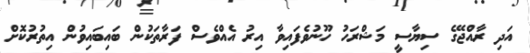
އަދި ރާއްޖޭގެ ސިޔާސީ މަޝްރަހު ހޫނުވެފައިވާ އިރު އެއްވެސް ފަރާތަކުން ބައިބައިވުން އިތުރުކޮށް